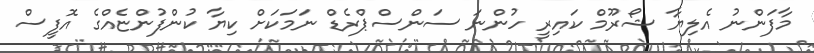
މާފަންނު އެލިޔާ ޝޯރޫމް ކައިރީ ހުންނަ ސަންސްޕްރެޑް ނަމަކަށް ކިޔާ ކުންފުންޏެއްގެ އޮފީސް